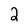
Character: 2